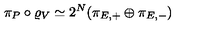
\pi _ { P } \circ \varrho _ { V } \simeq 2 ^ { N } ( \pi _ { E , + } \oplus \pi _ { E , - } )